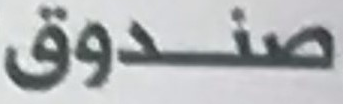
صندوق